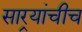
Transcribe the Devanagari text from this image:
सार्‍यांचीच